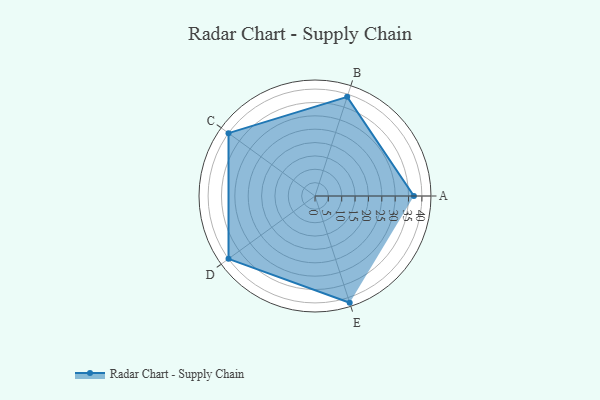
{"axis": {"x": "Skill", "y": "Score"}, "legend": ["Profile"], "data": [{"x": "A", "y": 37.0, "type": "Profile"}, {"x": "B", "y": 39.0, "type": "Profile"}, {"x": "C", "y": 40.0, "type": "Profile"}, {"x": "D", "y": 40.0, "type": "Profile"}, {"x": "E", "y": 42.0, "type": "Profile"}]}